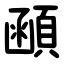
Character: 顄